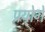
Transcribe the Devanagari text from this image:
प्रयोगें